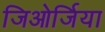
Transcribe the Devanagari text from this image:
जिओर्जिया